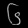
Digit: ၆